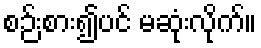
စဉ်းစား၍ပင် မဆုံးလိုက်။